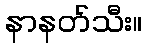
နာနတ်သီး။